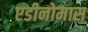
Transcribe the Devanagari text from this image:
एडीनोमास